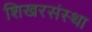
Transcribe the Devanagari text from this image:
शिखरसंस्था